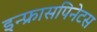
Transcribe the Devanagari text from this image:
इन्फ्रासपिनेटस